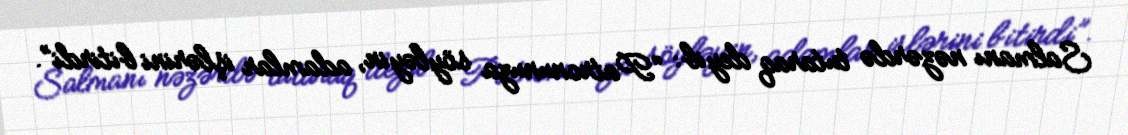
Salmanı nəzərdə tutaraq deyib: “Patronunuza söyləyin, adamlar işlərini bitirdi”.